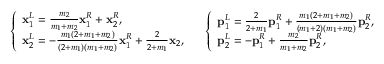
\left\{ \begin{array} { l l } { \mathbf { x } _ { 1 } ^ { L } = \frac { m _ { 2 } } { m _ { 1 } + m _ { 2 } } \mathbf { x } _ { 1 } ^ { R } + \mathbf { x } _ { 2 } ^ { R } , } \\ { \mathbf { x } _ { 2 } ^ { L } = - \frac { m _ { 1 } ( 2 + m _ { 1 } + m _ { 2 } ) } { ( 2 + m _ { 1 } ) ( m _ { 1 } + m _ { 2 } ) } \mathbf { x } _ { 1 } ^ { R } + \frac { 2 } { 2 + m _ { 1 } } \mathbf { x } _ { 2 } , } \end{array} \right. \quad \left\{ \begin{array} { l l } { \mathbf { p } _ { 1 } ^ { L } = \frac { 2 } { 2 + m _ { 1 } } \mathbf { p } _ { 1 } ^ { R } + \frac { m _ { 1 } ( 2 + m _ { 1 } + m _ { 2 } ) } { ( m _ { 1 } + 2 ) ( m _ { 1 } + m _ { 2 } ) } \mathbf { p } _ { 2 } ^ { R } , } \\ { \mathbf { p } _ { 2 } ^ { L } = - \mathbf { p } _ { 1 } ^ { R } + \frac { m _ { 2 } } { m _ { 1 } + m _ { 2 } } \mathbf { p } _ { 2 } ^ { R } , } \end{array} \right.